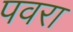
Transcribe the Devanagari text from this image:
पवरा